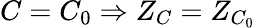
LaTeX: C=C_{0}\Rightarrow Z_{C}=Z_{C_{0}}